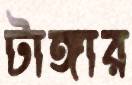
টাঙ্গার